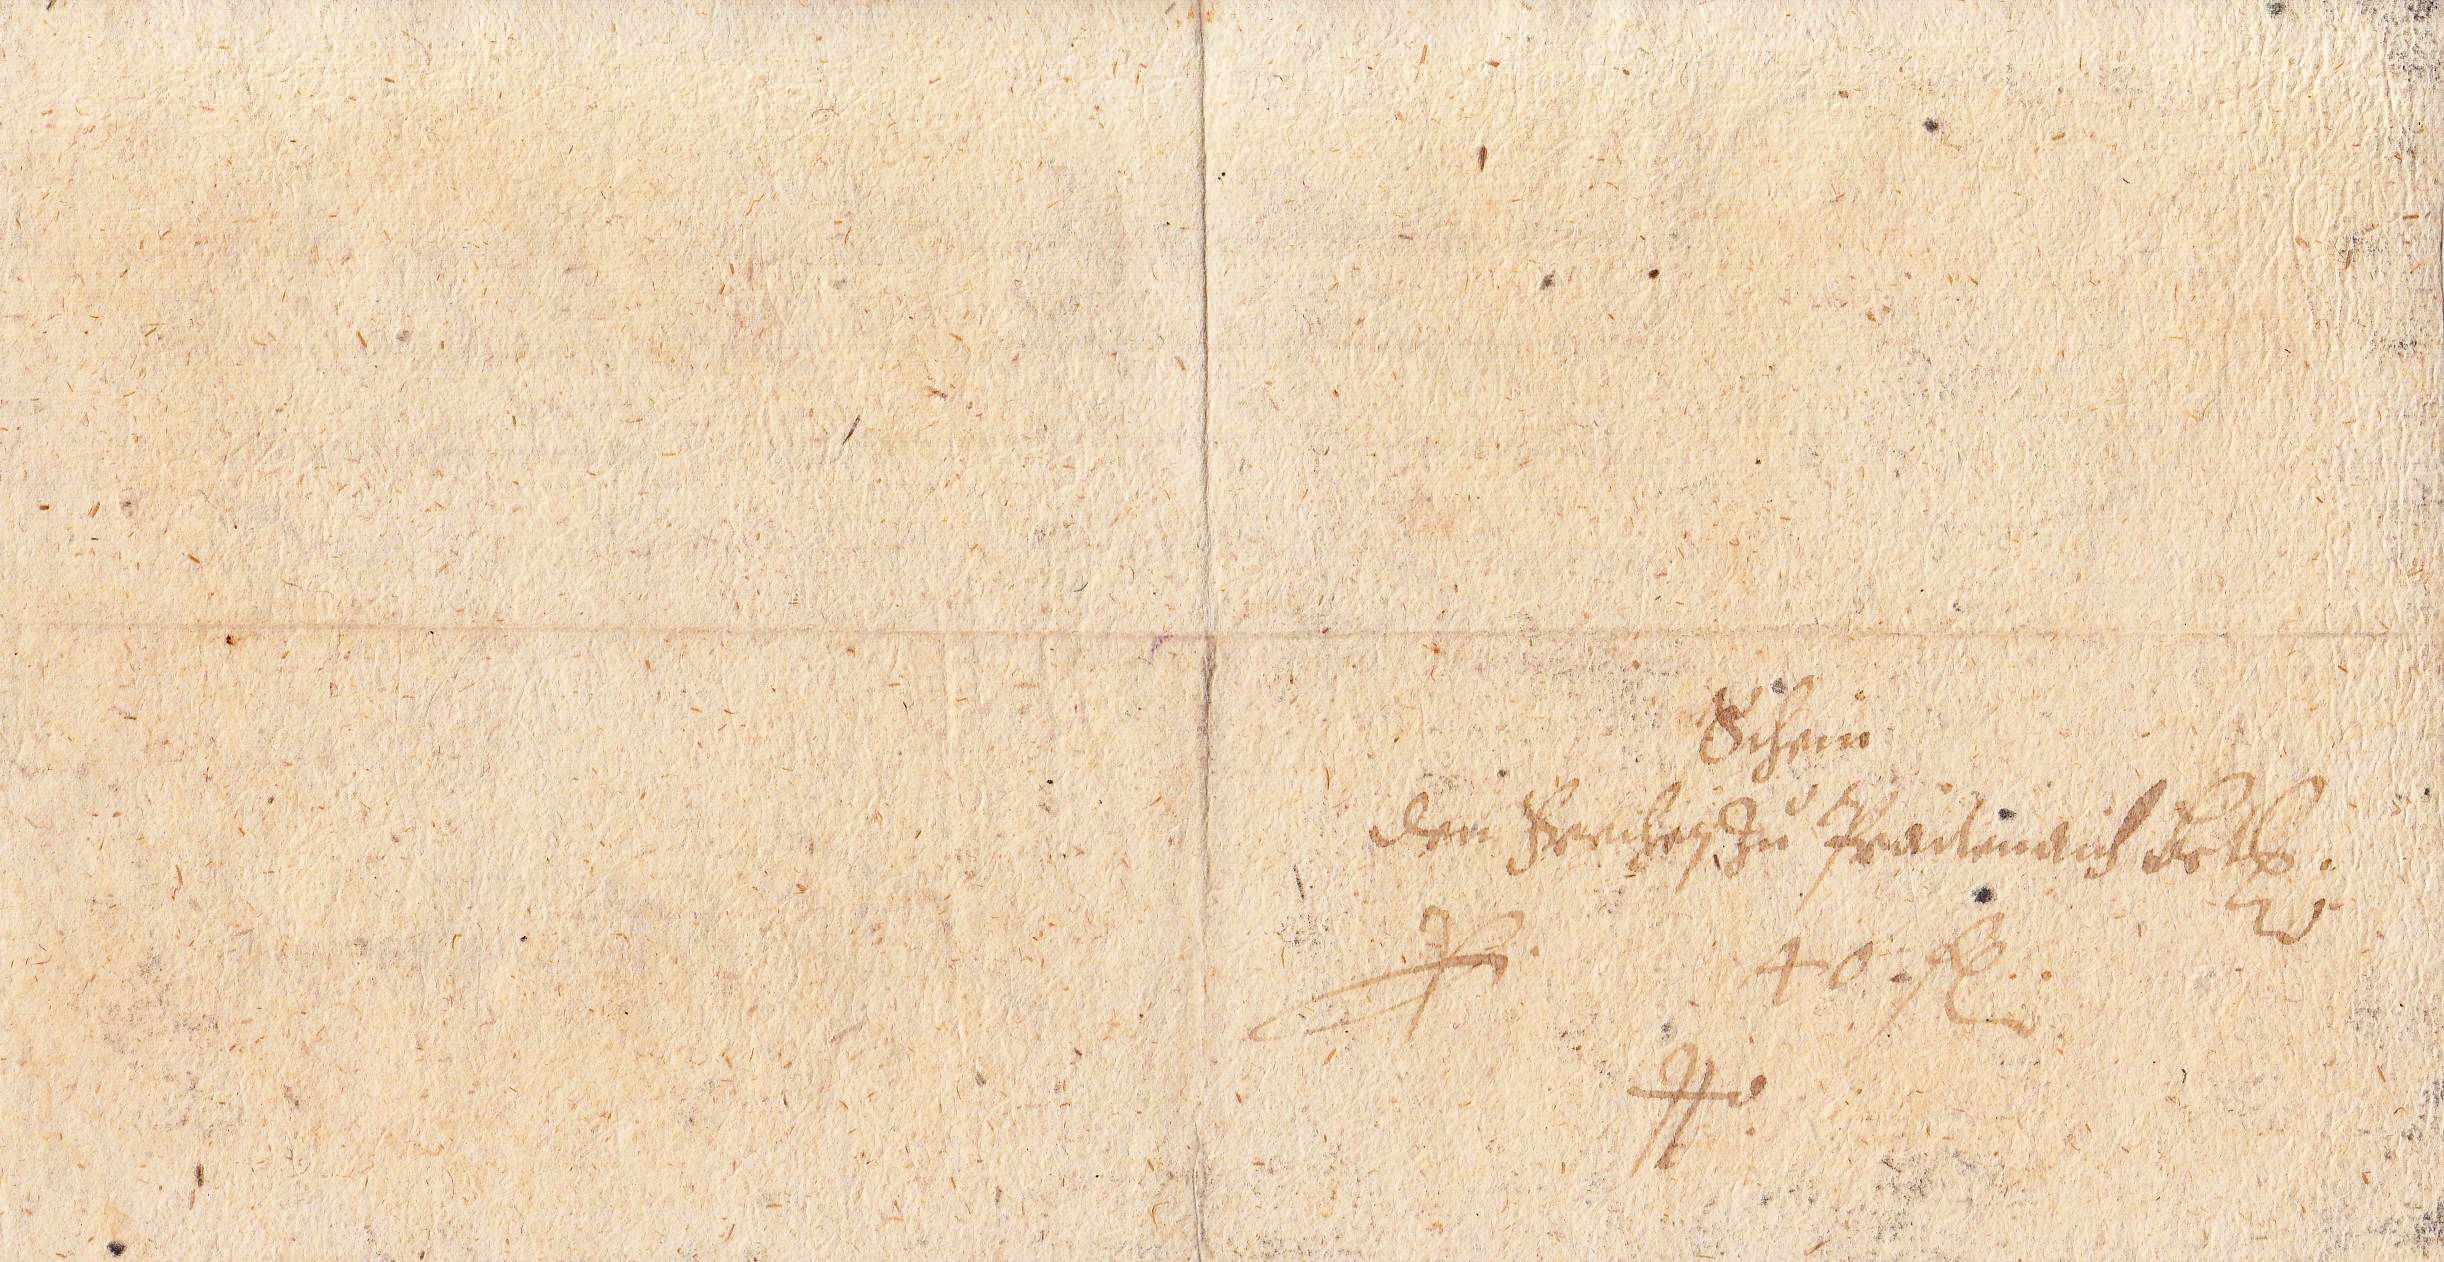
Schein
den Freihrn Zū Praitenaich Bet.
P. 40 fl.
ppo